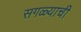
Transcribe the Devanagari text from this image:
सगळ्याची